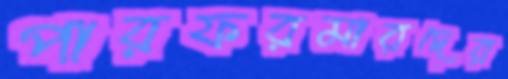
পারফরমারদের